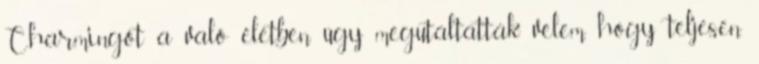
Charmingot a való életben úgy megutáltatták velem, hogy teljesen